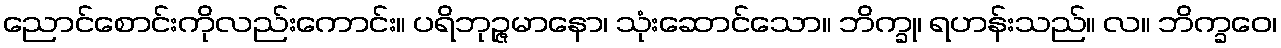
ညောင်စောင်းကိုလည်းကောင်း။ ပရိဘုဉ္ဇမာနော၊ သုံးဆောင်သော။ ဘိက္ခု၊ ရဟန်းသည်။ လ။ ဘိက္ခဝေ၊